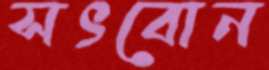
সৎবোন